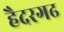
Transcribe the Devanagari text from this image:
हैदरगढ